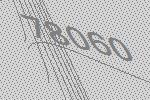
78060